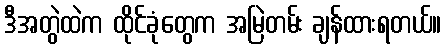
ဒီအတွဲထဲက ထိုင်ခုံတွေက အမြဲတမ်း ချန်ထားရတယ်။